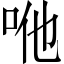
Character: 咃